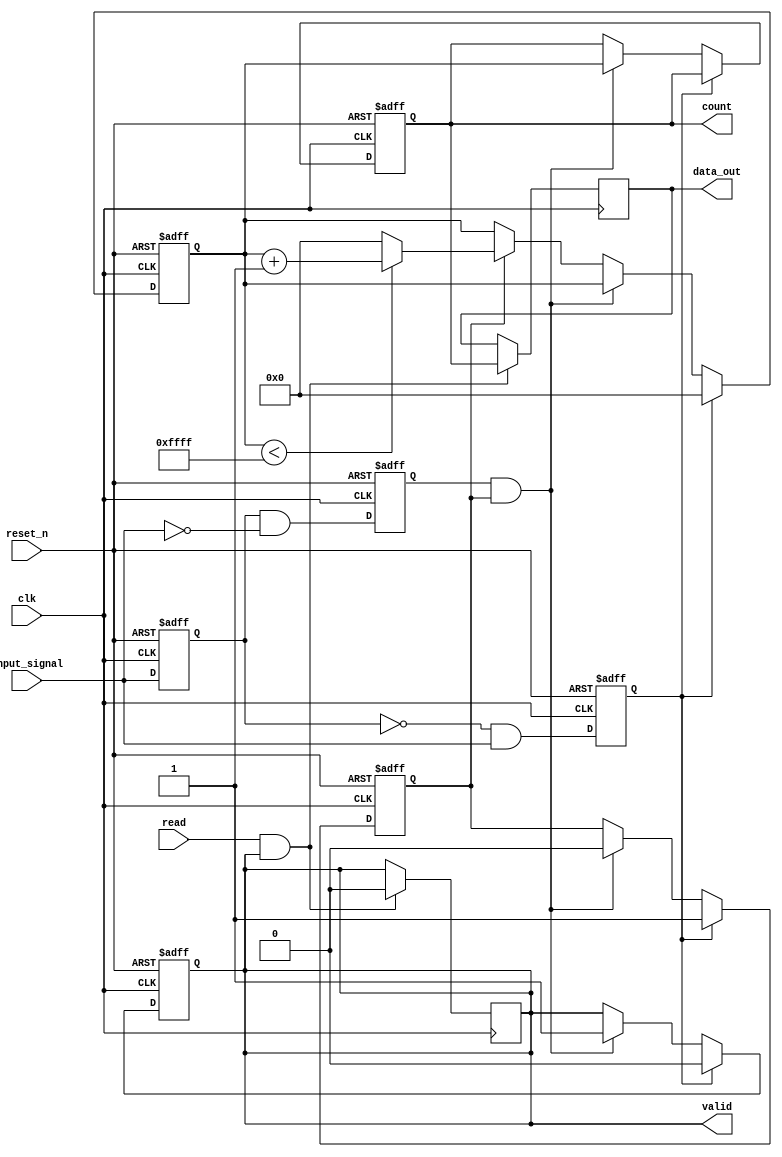
module TDC (
    input wire clk,             // Main clock input
    input wire reset_n,         // Asynchronous active-low reset
    input wire input_signal,     // Input signal for timing measurement
    output reg [15:0] count,    // Output count value (16-bit for example)
    output reg valid,           // Output valid signal
    input wire read,            // Read signal to capture the count
    output reg [15:0] data_out   // Data output for SPI/I2C
);

// Parameters
parameter CLOCK_FREQ = 100; // Clock frequency in MHz
parameter MAX_COUNT = 16'hFFFF; // Maximum count value

// Internal signals
reg start_event;
reg stop_event;
reg measuring;
reg [15:0] counter;
reg last_input_signal;

// Clock Generation: Assuming a high-speed clock is provided at 'clk'

// Edge detection
always @(posedge clk or negedge reset_n) begin
    if (!reset_n) begin
        last_input_signal <= 0;
    end else begin
        last_input_signal <= input_signal;
    end
end

// Start and Stop Event Logic
always @(posedge clk or negedge reset_n) begin
    if (!reset_n) begin
        start_event <= 0;
        stop_event <= 0;
    end else begin
        start_event <= (last_input_signal == 0) && (input_signal == 1);
        stop_event <= (last_input_signal == 1) && (input_signal == 0);
    end
end

// Time Measurement Unit (Counter)
always @(posedge clk or negedge reset_n) begin
    if (!reset_n) begin
        measuring <= 0;
        counter <= 0;
        count <= 0;
        valid <= 0;
    end else begin
        if (start_event) begin
            measuring <= 1; // Start measuring
            counter <= 0; // reset counter
            valid <= 0;
        end else if (stop_event && measuring) begin
            measuring <= 0; // Stop measuring
            count <= counter; // Store count value
            valid <= 1; // Indicate that valid data is available
        end else if (measuring) begin
            if (counter < MAX_COUNT) begin
                counter <= counter + 1; // Increment counter on each clock cycle
            end else begin
                counter <= 0; // Wrap around if max count reached
            end
        end
    end
end

// Data Output on Read Signal
always @(posedge clk) begin
    if (read && valid) begin
        data_out <= count; // Output the count value when read is asserted
        valid <= 0; // Reset valid signal
    end
end

endmodule